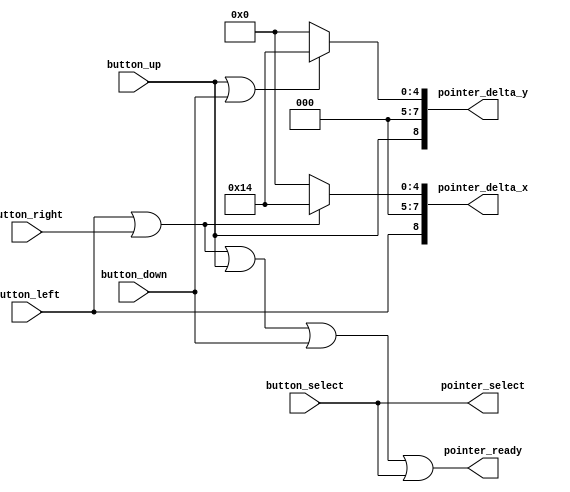
`timescale 1ns / 1ps

module button_pointer(
    input button_left,
    input button_right,
    input button_up,
    input button_down,
    input button_select,
    output pointer_ready,
    output [8:0] pointer_delta_x,
    output [8:0] pointer_delta_y,
	 output pointer_select
    );

	parameter DELTA_UNIT = 7'd20;

	assign pointer_ready = button_left || button_right || button_up || button_down || button_select;

	assign pointer_delta_x[8] = button_left;
	assign pointer_delta_x[7:0] = button_left || button_right ? DELTA_UNIT : 7'd0;
	assign pointer_delta_y[8] = button_up;
	assign pointer_delta_y[7:0] = button_up || button_down ? DELTA_UNIT : 7'd0;
	
	assign pointer_select = button_select;

endmodule